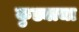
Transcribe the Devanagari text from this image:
कुड्याचा